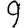
Digit: 9